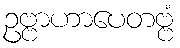
ဥဗ္ဗာဟာပေတဗ္ဗံ